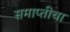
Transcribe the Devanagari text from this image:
समाप्तीचा